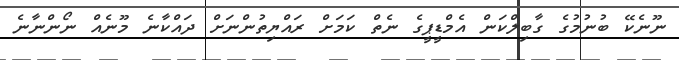
ނޫނެކޭ ބުނުމުގެ ގާބިލްކަން އެމްޑީޕީގެ ނެތް ކަމަށް ރައްޔިތުންނަށް ދައްކާނެ މޫނެއް ނޯންނާނެ